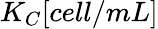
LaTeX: K_{C}[cell/mL]